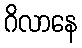
ဂိလာနေ